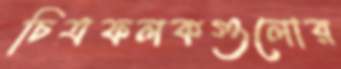
চিত্রফলকগুলোর